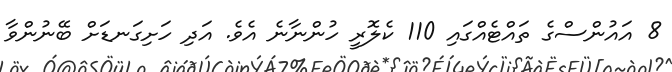
8 އައުންސްގެ ތައްޓެއްގައި 110 ކެލޮރީ ހުންނާނެ އެވެ. އަދި ހަށިގަނޑަށް ބޭނުންވާ